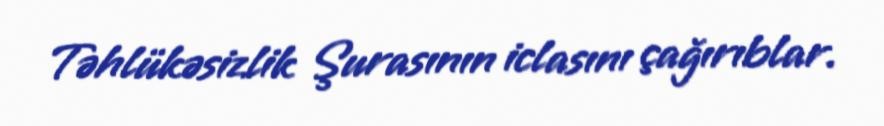
Təhlükəsizlik Şurasının iclasını çağırıblar.